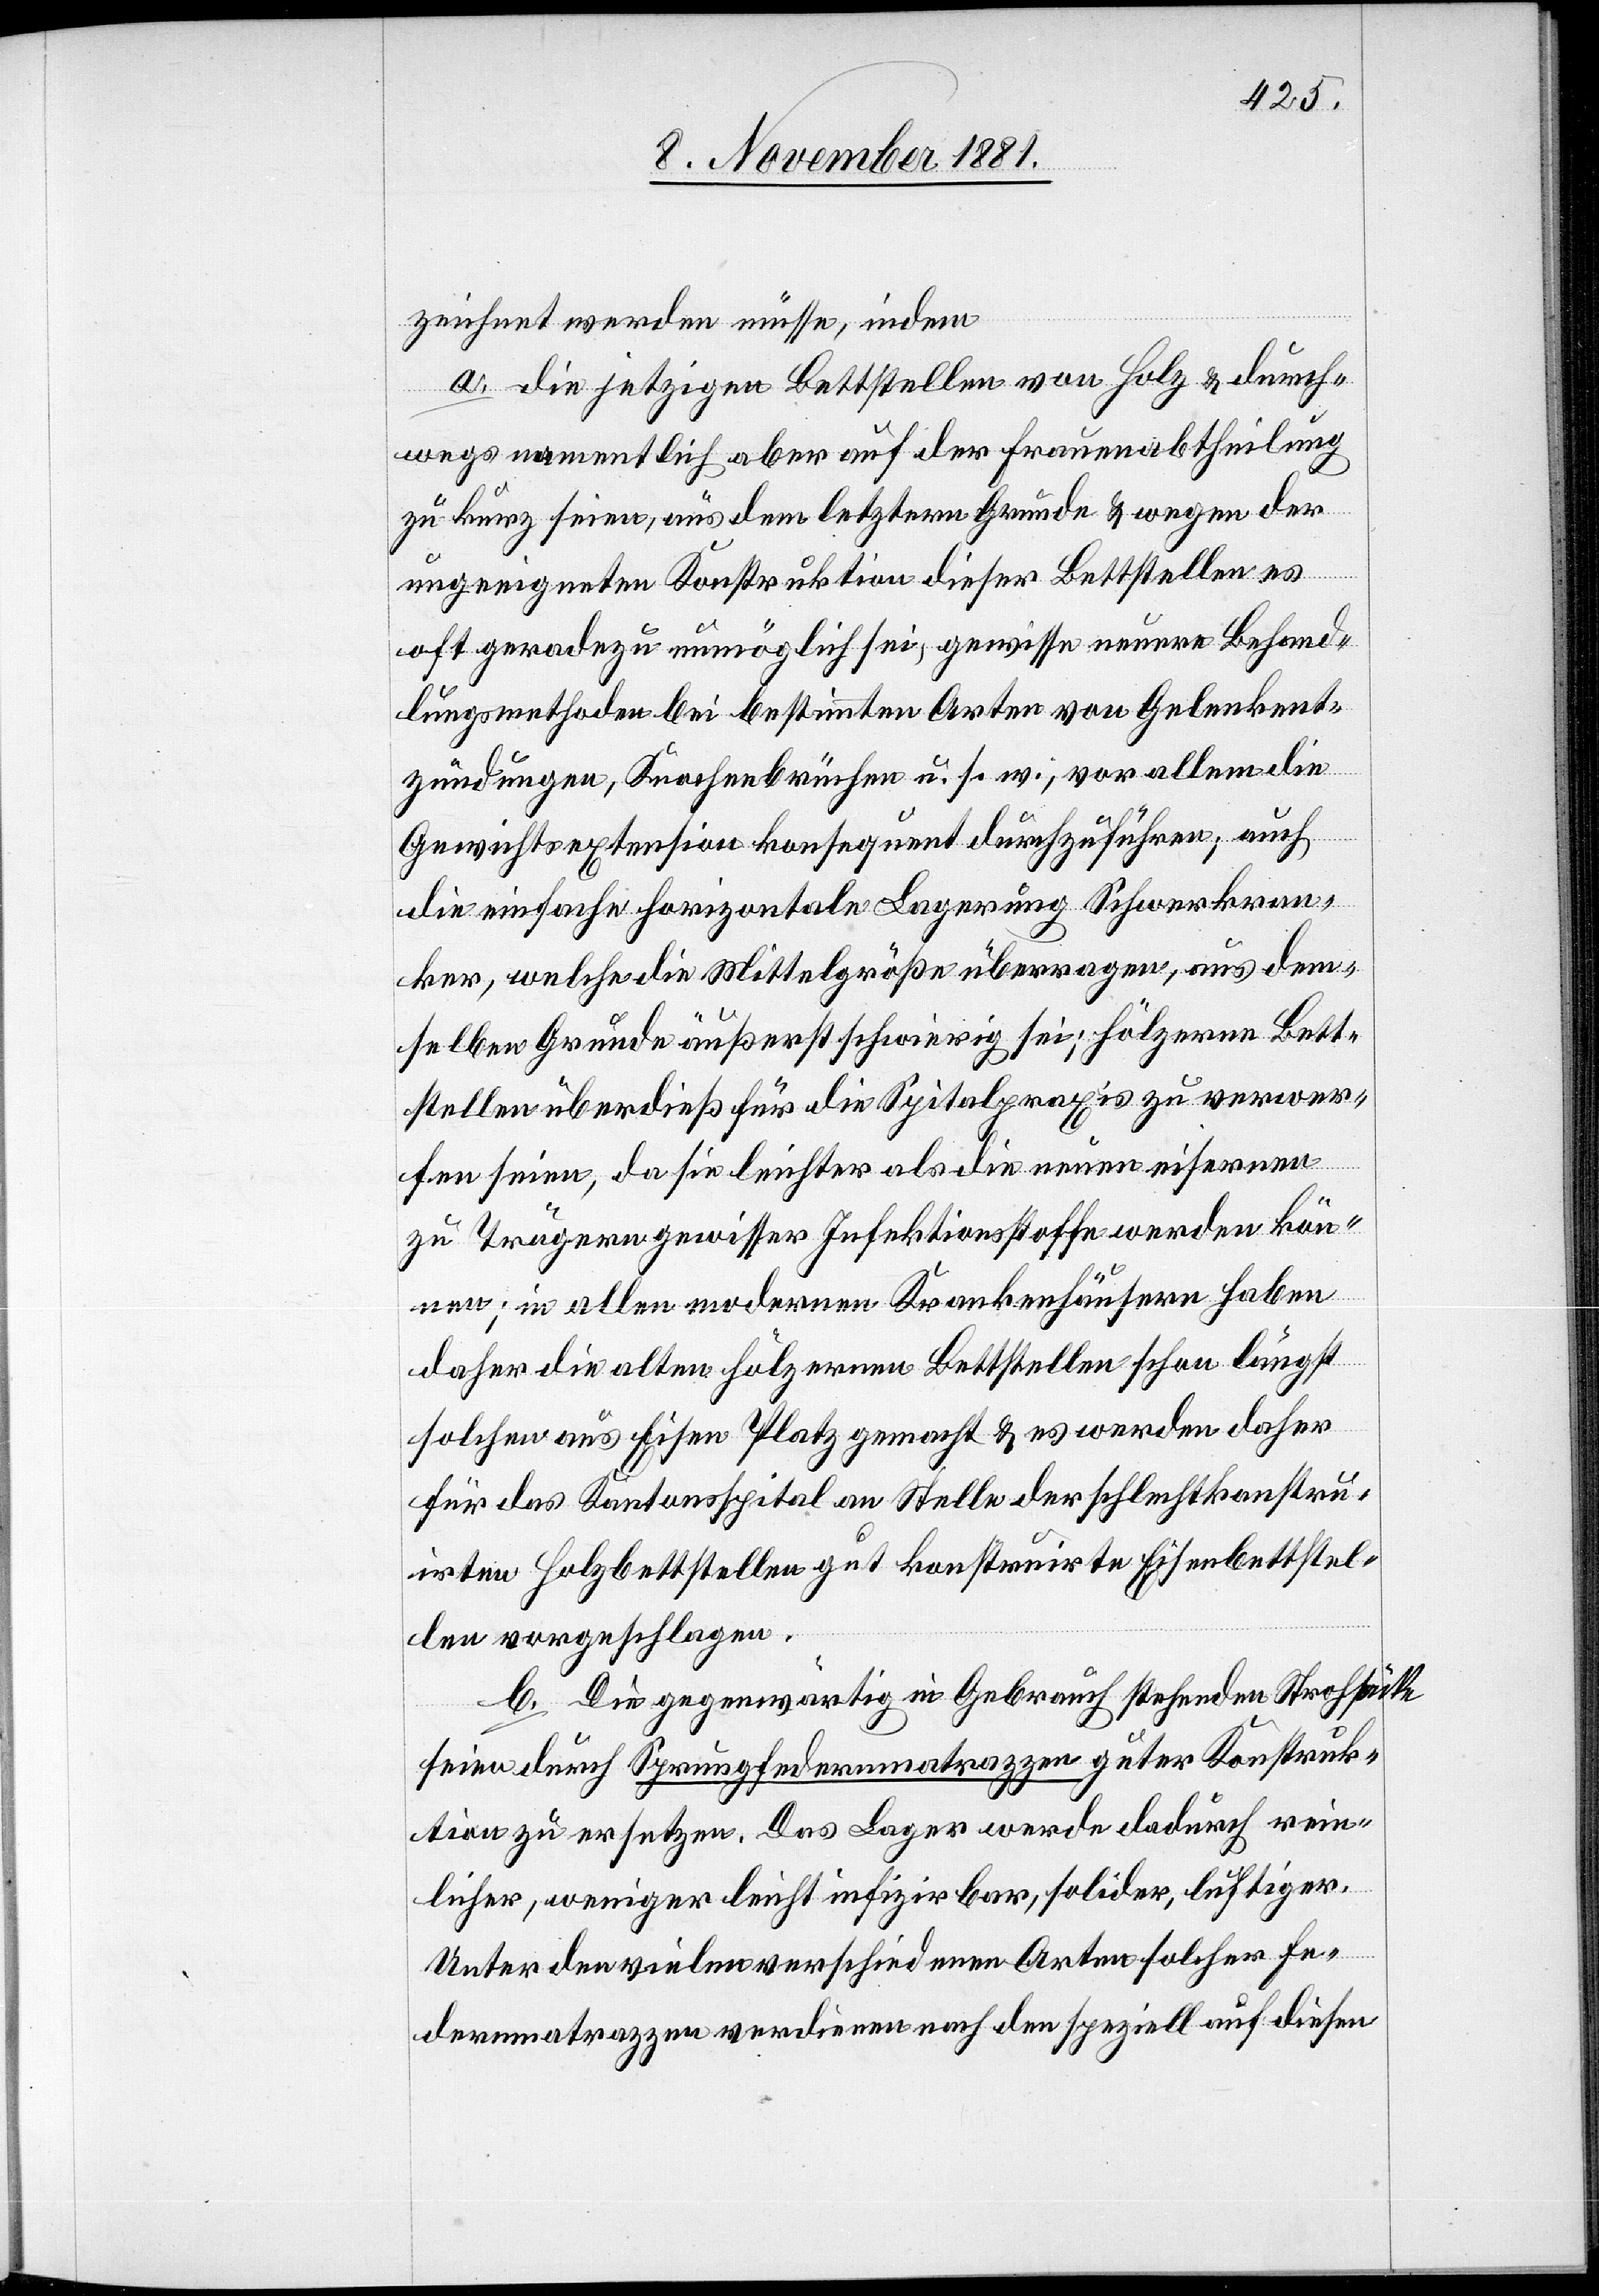
zeichnet werden müsse, indem:
a. die jetzigen Bettstellen von Holz & durch¬
wegs namentlich aber auf der Frauenabtheilung
zu kurz seien, aus dem letztern Grunde & wegen der
ungeeigneten Konstruktion dieser Bettstellen es
oft geradezu unmöglich sei, gewisse neuere Behand¬
lungsmethoden bei bestimmten Orten von Gelenkent¬
zündungen, Knochenbrüchen u. s. w., vor allem die
Gewichtsextension konsequent durchzuführen, auch
die einfache horizontale Lagerung Schwerkran¬
ker, welche die Mittelgröße überragen, aus dem¬
selben Grunde äußerst schwierig sei; hölzerne Bett¬
stellen überdieß für die Spitalpraxis zu verwer¬
fen seien, da sie leichter als die neuen eisernen
zu Trägern gewisser Infektionsstoffe werden kön¬
nen; in allen modernen Krankenhäusern haben
daher die alten hölzernen Bettstellen schon längst
solchen aus Eisen Platz gemacht & es werden daher
für das Kantonsspital an Stelle der schlecht konstru¬
irten Holzbettstellen gut konstruirte Eisenbettstel¬
len vorgeschlagen.
b. Die gegenwärtig in Gebrauch stehenden Strohstätte
seien durch Sprungfedernmatrazzen guter Konstruk¬
tion zu ersetzten. Das Lager werde dadurch rein¬
licher, weniger leicht infizirbar, solider, luftiger.
Unter den vielen verschiedenen Arten solcher Fe¬
dermatrazzen verdienen nach den speziell auf diesen